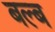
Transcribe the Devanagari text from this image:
बल्‍ब